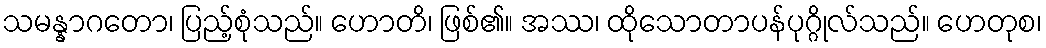
သမန္နာဂတော၊ ပြည့်စုံသည်။ ဟောတိ၊ ဖြစ်၏။ အဿ၊ ထိုသောတာပန်ပုဂ္ဂိုလ်သည်။ ဟေတုစ၊